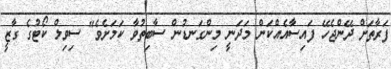
ފަރާތަށް ދޭންޖެހޭ ފައިސާއެއްކަން މަދަނީ މިންގަނޑުން ސާބިތުވާ ކަމަށެވެ" ސިވިލް ކޯޓުގެ ގާޒީ